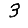
Digit: 3